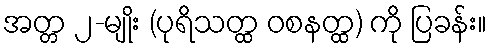
အတ္တ ၂-မျိုး (ပုရိသတ္ထ ဝစနတ္ထ) ကို ပြခန်း။